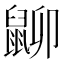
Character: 𪕋